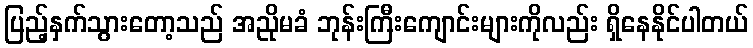
ပြည့်နှက်သွားတော့သည် အညိုမခံ ဘုန်းကြီးကျောင်းများကိုလည်း ရှိနေနိုင်ပါတယ်